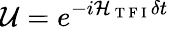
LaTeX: \mathcal{U}=e^{-i\mathcal{H}_{\mathrm{~T~F~I~}}\delta t}